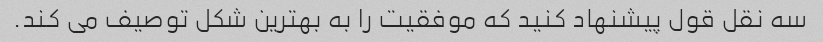
سه نقل قول پیشنهاد کنید که موفقیت را به بهترین شکل توصیف می کند.